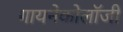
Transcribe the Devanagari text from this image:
गायनेकोलॉजी